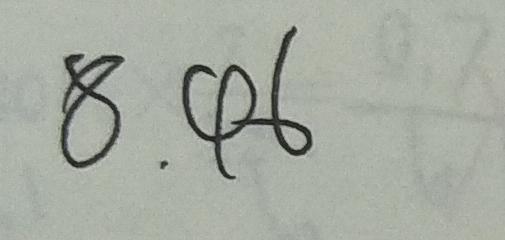
8 . 4 6